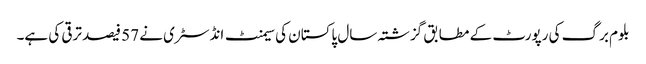
بلوم برگ کی رپورٹ کے مطابق گزشتہ سال پاکستان کی سیمنٹ انڈسٹری نے 57 فیصد ترقی کی ہے۔